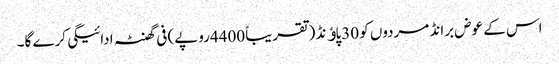
اس کے عوض برانڈ مردوں کو 30پاﺅنڈ (تقریباً 4400روپے) فی گھنٹہ ادائیگی کرے گا۔